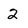
Character: 2